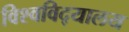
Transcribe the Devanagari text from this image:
विश्‍वविद्‍यालय